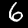
Digit: 6